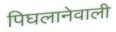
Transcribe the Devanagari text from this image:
पिघलानेवाली